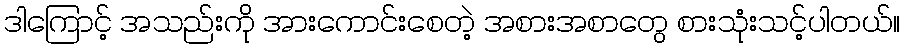
ဒါကြောင့် အသည်းကို အားကောင်းစေတဲ့ အစားအစာတွေ စားသုံးသင့်ပါတယ်။